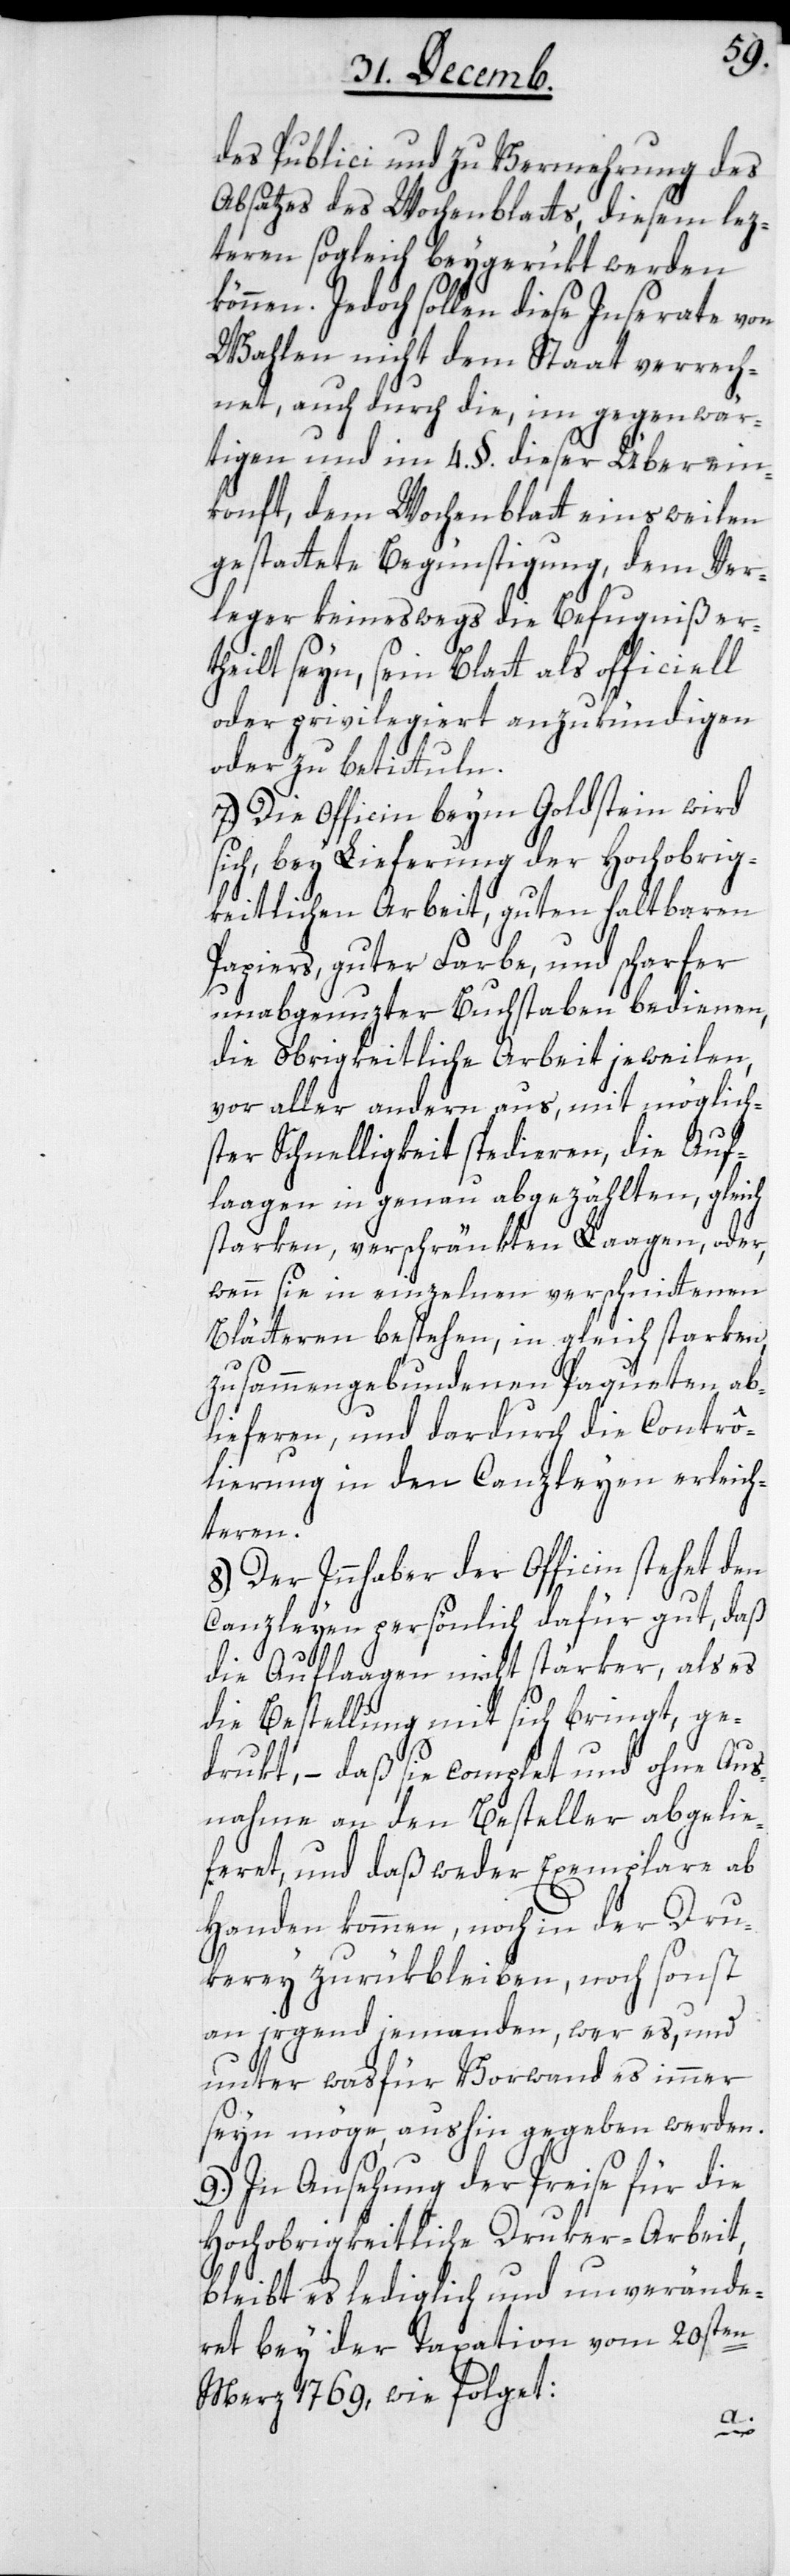
des Publici und zu Vermehrung des
Absatzes des Wochenblatts, diesem lez¬
teren sogleich beygerükt werden
können. Jedoch sollen diese Inserate von
Wahlen nicht dem Staat verrech¬
net, auch durch die, im gegenwär¬
tigen und im 4. §. dieser Überein¬
konft, dem Wochenblatt einsweilen
gestattete Begünstigung, dem Ver¬
leger keineswegs die Befugniß er¬
theilt seyn, sein Blatt als officiell
oder privilegiert anzukündigen
oder zu betittuln.
7.) Die Officin beym Goldstein wird
sich, bey Lieferung der Hochobrig¬
keitlichen Arbeit, guten haltbaren
Papiers, guter Farbe und scharfer
unabgenuzter Buchstaben bedienen,
die obrigkeitliche Arbeit jeweilen,
vor aller andern aus, mit möglich¬
ster Schnelligkeit spedieren, die Auf¬
laagen in genau abgezählten, gleich
starken, verschränkten Laagen, oder,
wenn sie in einzelnen verschnittenen
Blättern bestehen, in gleich starken,
zusammengebundenen Paqueten ab¬
liefern, und dardurch die Contrô¬
lierung in den Canzleyen erleich¬
teren.
8.) Der Innhaber der Officin stehet den
Canzleyen persönlich dafür gut, daß
die Auflaagen nicht stärker, als es
die Bestellung mit sich bringt, ge¬
drukt, – daß sie complet und ohne Aus¬
nahme an den Besteller abgelie¬
feret und daß weder Exemplare ab¬
handen kommen, noch in der Dru¬
kerey zurükbleiben, noch sonst
an irgend jemanden, wer es, und
unter wasfür Vorwand es immer
seyn möge, aushin gegeben werden.
9.) In Ansehung der Preise für die
Hochobrigkeitliche Druker-Arbeit,
bleibt es lediglich und unverände¬
ret bey der Taxation vom 20sten
Merz 1769, wie folget: